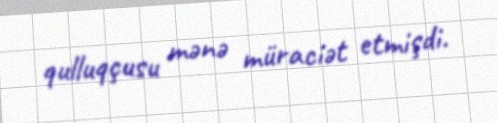
qulluqçusu mənə müraciət etmişdi.